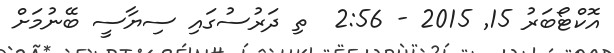
އޮކްޓޯބަރު 15